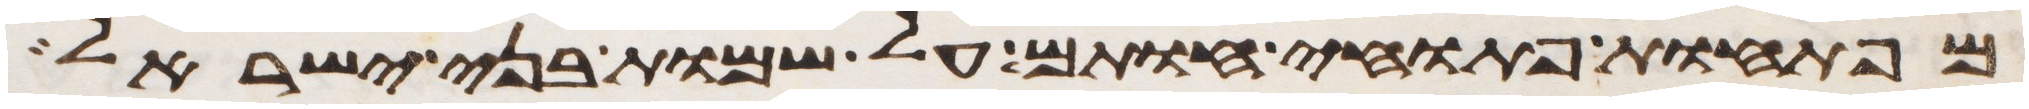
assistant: מפתחות פתוחי חותם על שמות בני ישראל